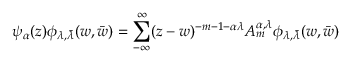
\psi _ { \alpha } ( z ) \phi _ { \lambda , \bar { \lambda } } ( w , \bar { w } ) = \sum _ { - \infty } ^ { \infty } ( z - w ) ^ { - m - 1 - \alpha \lambda } A _ { m } ^ { \alpha , \lambda } \phi _ { \lambda , \bar { \lambda } } ( w , \bar { w } )